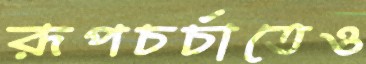
রূপচর্চাতেও